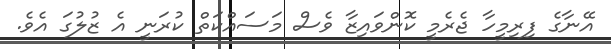
އޭނާގެ ފިރިމީހާ ޖެރެމީ ކޮންވައިޒާ ވެސް މަސައްކަތް ކުރަނީ އެ ޒުލުގަ އެވެ.